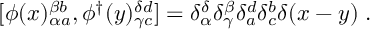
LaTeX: [ \phi ( x ) _ { \alpha a } ^ { \beta b } , \phi ^ { \dagger } ( y ) _ { \gamma c } ^ { \delta d } ] = \delta _ { \alpha } ^ { \delta } \delta _ { \gamma } ^ { \beta } \delta _ { a } ^ { d } \delta _ { c } ^ { b } \delta ( x - y ) \; .